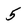
Character: 5